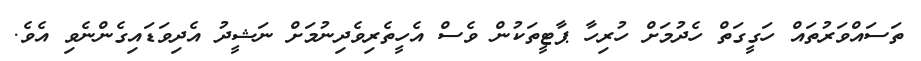
ތަސައްވަރުތައް ހަގީގަތް ހެދުމަށް ހުރިހާ ޕާޓީތަކުން ވެސް އެހީތެރިވެދިނުމަށް ނަޝީދު އެދިވަޑައިގެންނެވި އެވެ.